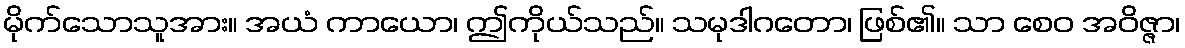
မိုက်သောသူအား။ အယံ ကာယော၊ ဤကိုယ်သည်။ သမုဒါဂတော၊ ဖြစ်၏။ သာ စေဝ အဝိဇ္ဇာ၊